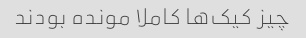
چیز کیک‌ها کاملا مونده بودند